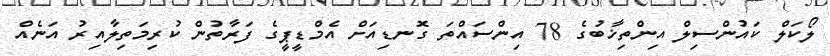
ލޯކަލް ކައުންސިލް އިންތިޚާބުގެ 78 އިންސައްތަ ގޮނޑިއަށް އެމްޑީޕީގެ ފަރާތުން ކުރިމަތިލާއިރު އަނެއް